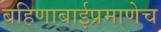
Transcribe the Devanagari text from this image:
बहिणाबाईप्रमाणेच